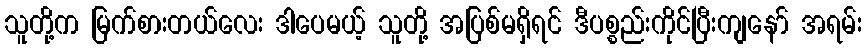
သူတို့က မြက်စားတယ်လေး ဒါပေမယ့် သူတို့ အပြစ်မရှိရင် ဒီပစ္စည်းကိုင်ပြီးကျနော် အရမ်း